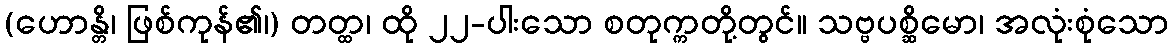
(ဟောန္တိ၊ ဖြစ်ကုန်၏၊) တတ္ထ၊ ထို ၂၂-ပါးသော စတုက္ကတို့တွင်။ သဗ္ဗပစ္ဆိမော၊ အလုံးစုံသော